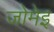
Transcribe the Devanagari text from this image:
जोमेइ